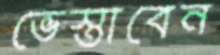
ভেস্তাবেন